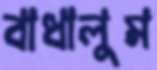
বাধালুম